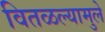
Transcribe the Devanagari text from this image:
वितळल्यामुले